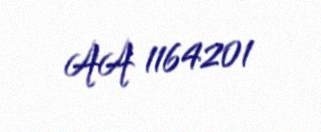
AA 1164201